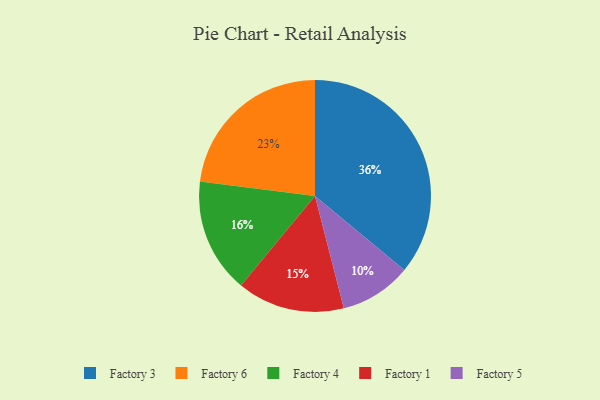
{"axis": {"x": "Category", "y": "Percentage"}, "legend": ["Factory 1", "Factory 3", "Factory 4", "Factory 5", "Factory 6"], "data": [{"x": "Factory 6", "y": 23, "type": "Factory 6"}, {"x": "Factory 3", "y": 36, "type": "Factory 3"}, {"x": "Factory 4", "y": 16, "type": "Factory 4"}, {"x": "Factory 1", "y": 15, "type": "Factory 1"}, {"x": "Factory 5", "y": 10, "type": "Factory 5"}]}